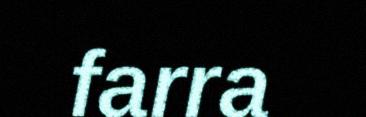
farra